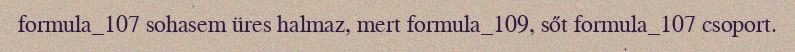
formula_107 sohasem üres halmaz, mert formula_109, sőt formula_107 csoport.